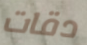
دقات